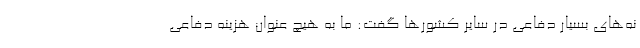
نه‌های بسیار دفاعی در سایر کشور‌ها گفت: ما به هیچ عنوان هزینه دفاعی